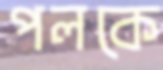
পলকে